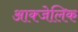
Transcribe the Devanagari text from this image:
आक्जेलिक